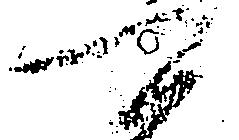
可